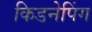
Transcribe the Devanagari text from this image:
किडनेपिंग